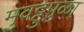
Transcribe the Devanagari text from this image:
मुवट्टुपुळा